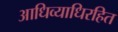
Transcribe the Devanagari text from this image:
आधिव्याधिरहित